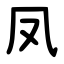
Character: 凤